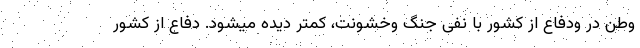
وطن در ودفاع از کشور با نفی جنگ وخشونت، کمتر دیده میشود. دفاع از کشور